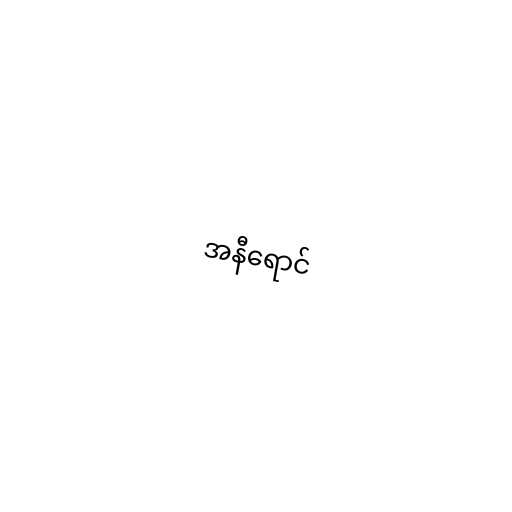
အနီရောင်